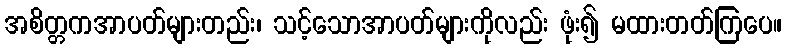
အစိတ္တကအာပတ်များတည်း၊ သင့်သောအာပတ်များကိုလည်း ဖုံး၍ မထားတတ်ကြပေ။